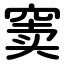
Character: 窦